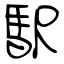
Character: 駅